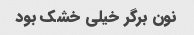
نون برگر خیلی خشک بود